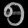
Digit: ၅